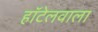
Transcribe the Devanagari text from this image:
हॉटेलवाला